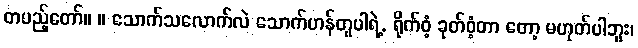
တပည့်တော်။ ။ သောက်သလောက်လဲ သောက်ဟန်တူပါရဲ့. ရိုက်ဝံ့ ခုတ်ဝံ့တာ တော့ မဟုတ်ပါဘူး၊